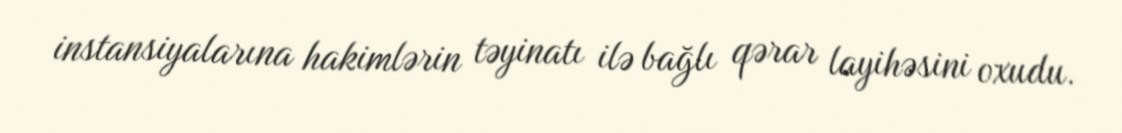
instansiyalarına hakimlərin təyinatı ilə bağlı qərar layihəsini oxudu.